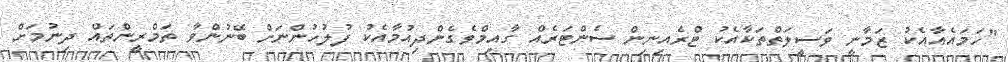
"ހަމައެއާއެކު ޒަމާނީ ވަސީލަތްތަކާއެކު ޓްރެއިނިން ސެންޓަރެއް ގާއިމްވެގެންދިއުމާއެކު ފުލުހުންނަށް ބޭނުންވާ ތަމްރީންތައް ދިނުމަށް